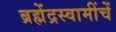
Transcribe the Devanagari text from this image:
ब्रह्मेंद्रस्वामींचें